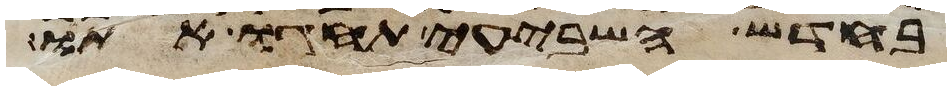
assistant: בחדש השביעי תחגו אתו